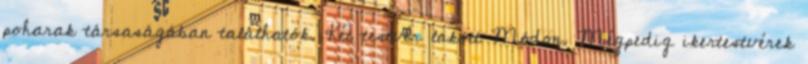
poharak társaságában találhatók. Két testvér lakott Módon. Mégpedig ikertestvérek